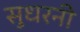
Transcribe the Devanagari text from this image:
सुधरनी